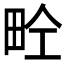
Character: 𤱝